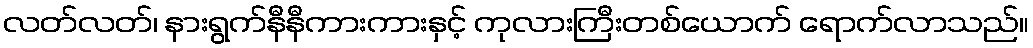
လတ်လတ်၊ နားရွက်နီနီကားကားနှင့် ကုလားကြီးတစ်ယောက် ရောက်လာသည်။